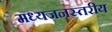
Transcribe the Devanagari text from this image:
मध्यजनस्तरीय